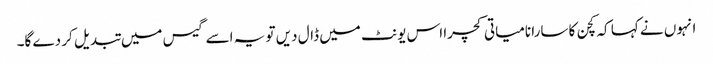
انہوں نے کہا کہ کچن کا سارا نامیاتی کچرا اس یونٹ میں ڈال دیں تو یہ اسے گیس میں تبدیل کر دے گا۔